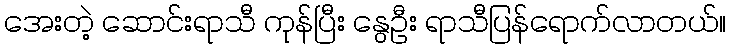
အေးတဲ့ ဆောင်းရာသီ ကုန်ပြီး နွေဦး ရာသီပြန်ရောက်လာတယ်။